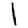
Digit: 1